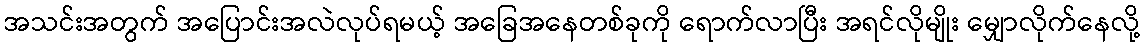
အသင်းအတွက် အပြောင်းအလဲလုပ်ရမယ့် အခြေအနေတစ်ခုကို ရောက်လာပြီး အရင်လိုမျိုး မျှောလိုက်နေလို့